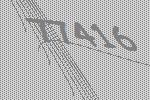
77416